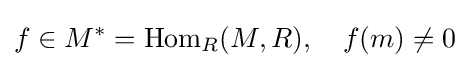
f\in M^{\ast }=\operatorname {Hom} _{R}(M,R),\quad f(m)\neq 0